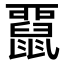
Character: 𪕢